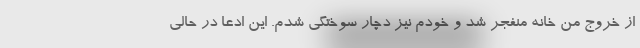
از خروج من خانه منفجر شد و خودم نیز دچار سوختگی شدم. این ادعا در حالی